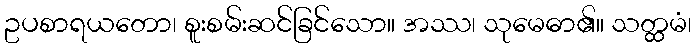
ဥပစာရယတော၊ စူးစမ်းဆင်ခြင်သော။ အဿ၊ သုမေဓာ၏။ သတ္ထမံ၊